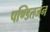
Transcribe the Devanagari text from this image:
पण्डितजन